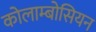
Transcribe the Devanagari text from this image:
कोलाम्बोसियन